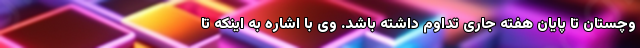
وچستان تا پایان هفته جاری تداوم داشته باشد. وی با اشاره به اینکه تا